Report on sanitation, dispensaries, and jails in Rajputana for 1912, and on vaccination for the year 1912-1913 - 1912-1913
Year: 1912
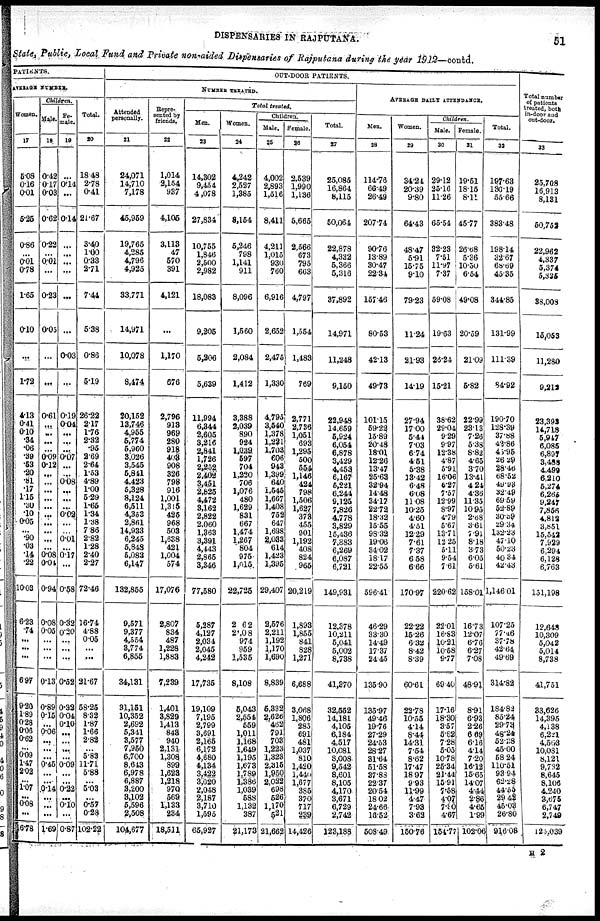
DISPENSARIES IN RAJPUTANA.
51
State, Public, Local Fund and Private non-aided Dispensaries of Rajputana during the year 1912—contd.
PATIENTS
AVERAGE NUMBER.
Women.
17
5.08
0.16
0.01
5.25
0.86
...
0.01
0.78
1.65
0.10
...
1.72
4.13
0.41
0.10
.34
.06
.89
.53
.20
.81
.17
1.15
.30
.10
0.05
...
90
.03
.14
.22
10.03
6.23
.74
...
...
...
6.97
9.20
1.89
0.28
0.06
0.62
...
0.09
1.47
2.02
...
1.07
...
0.08
...
6.78
Children.
Male.
18
0.42
0.17
0.03
0.62
0.22
...
0.01
...
0.23
0.05
...
. ..
0.61
...
...
...
...
0.09
0.12
...
...
...
...
...
...
...
...
...
...
0.08
0.04
0.94
0.08
0.05
...
...
...
0.13
0.89
0.15
...
0.06
...
...
...
0.45
...
...
0.14
...
...
...
1.69
Fe¬
male
19
...
0.14
...
0.14
...
...
...
...
...
...
0.03
...
0.19
0.04
...
...
...
0.07
...
... 0.08
...
...
...
0.02
...
...
0.01
...
0.17
...
0.58
0.32
0.20
...
...
...
0.58
0.32
0.04
0.10
...
...
...
...
0.09
...
...
0.22
...
0.10
...
0.87
Total.
20
18.48
2.78
0.41
21.67
3.40
1.00
0.33
2.71
7.44
5.38
0.86
5.19
26.22
2.17
1.76
2.32
.95
2.69
2.64
1.53 4.89
1.00
5.29
1.65
1.34
1.38
7.86
2.82
1.28
2.40
2.27
72.46
16.74
4.88
0.05
...
...
21.67
58.25
8.32
1.87
1.66
2.82
...
5.83
11.71
5.88
...
5.03
...
0.57
0.28
102.22
OUT-DOOR PATIENTS.
NUMBER TREATED
Attended
personally
21
24,071
14,710
7,178
45,959
19,765
4,285
4,769
4,925
33,771
14,971
10,078
8,474
10,152
13,746
4,955 5,774
5,960
3,026
3,545
5,871 4,423
5,328
8,124
6,511
4,353
2,861
14,933
6,245
5,848
5,083
6,147
132,855
9,571
9,377
4,564
3,774
6,855
34,131
31,151
10,352
2,692
5,341
3,577
7,950
6,700
8,643
6,978
6,887
3,200
3,102
5,596
2,508
104,677
Repre¬
sented by
friends.
22
1,014
2,154
937
4,105
3,113
47
570
391
4,121
...
1,170
676
2,796
918
969
280
918
408
908
326
798
916
1,001
1,315
425
968
503
1,638
421
1,004
574
17,076
2,807
834
487
1,228
1,883
7,239
1,401
3,829
1,413
843
940
2,131
1,308
899
1,623
1,218
970
569
1,133
234
18,511
Total treated.
Men.
23
14,302
9,454
4,078
27,834
10,755
1,846
2,500
2,982
18,083
9,205
5,206
5,639
11,994
6,344
2,605
3,216
2,841
1,726
2,252
2,402
3,451
2,825
4,472
3,162
2,822
2,060
1,363
3,391
4,443
2,865
3,346
77,580
5,287
4,127
2,034
2,045
4,242
17,735
19,109
7,195
2,799
3,691
2,165
6,172
4,680
4,134
3,422
3,020
2,048
2,187
3,710
1,595
65,927
Women.
24
4,242
2,527
1,385
8,154
5,246
798
1,141
911
8,096
1,560
2,084
1,412
3,388
2,039
890
924
1,039
597
704
1,220
706
1,076
480
1,629
831
667
1,474
1,267
804
976
1,015
22,725
2 62
2 08
974
959
1,535
8,108
5,043
2,554
559
1,011
1,168
1,649
1,195
1,673
1,789
1,336
1,039
588
1,132
387
21,173
Children
Male.
25
4,002
2,893
1,516
8,411
4,211
1,015
930
760
6,916
2,652
2,475
1,330
4,795
3,540
1,378
1,221
1,703
606
943
1,399
640
1,545
1,667
1,408
752
647
1,698
2,033
614
1,423
1,395
29,407
2,576
2,211
1,192
1,170
1,690
8,839
5,332
2,626
462
791
703
1,223
1,323
2,815
1,950
2,032
698
526
1,170
521
21,662
Female.
26
2,539
1,990
1,136
5,665
2,566
673
793
663
4,797
1,654
1,483
769
2,771
2,736
1,051
693
1,295
500
554
1,146
424
798
1,506
1,627
373
455
901
1,192
408
824
965
20,219
1,893
1,855
841
828
1,271
6,688
3,068
1,806
285
691
481
1,037
810
1,420
1,440
1,677
385
370
717
239
14,426
Total.
27
25,085
16,864
8,115
50,064
22,878
4,332
5,366
5,316
37,892
14,971
11,248
9,150
23,948
14,659
5,924
6,054
6,878
3,429
4,453
6,167
5,221
6,244
9,125
7,826
4,778
3,829
15,436
7,883
6,269
6,087
6,721
149,931
12,378
10,211
5,041
5,002
8,738
41,370
32,552
14,181
4,105
6,184
4,517
10,081
8,008
9,542
8,601
8,105
4,170
3,671
6,729
2,742
123,188
AVERAGE DAILY ATTENDANCE.
Men.
28
114.76
66.49
26.49
207.74
90.76
13.89
30.47
22.34
157.46
80.53
42.13
49.73
101.15
59.22
15.89
20.48
18.01
12.26
13.47
25.63
32.94
14.48
34.17
22.72
18.32
15.55
98.32
19.06
34.02
18.17
22.55
596.41
46.29
33.30
14.49
17.37
24.45
135.90
135.97
49.46
19.76
27.29
24.53
28.27
31.64
51.58
37.88
22.37
20.54
18.02
24.66
18.52
508.49
Women.
29
34.24
20.39
9.80
64.43
48.47
5.91
15.75
9.10
79.23
11.24
21.93
14.19
27.94
17.00
5.41
7.03
6.74
4.51
5.38
13.42
6.48
6.08
11.08
10.25
4.60
4.51
12.29
7.61
7.37
6.58
6.66
170.97
22.22
15.26
6.32
8.42
8.39
60.61
23.78
10.56
4.14
8.44
14.31
7.54
8.62
17.47
18.97
9.93
11.99
4.47
7.93
3.62
150.76
Children.
Male.
30
29.12
35.16
11.26
65.54
32.23
7.51
11.97
7.37
59.08
19.63
26.24
15.21
38.62
29.04
9.29
9.97
12.38
4.87
5.91
16.06
6.27
7.57
12.99
8.97
4.79
5.67
13.71
12.25
5.11
9.54
7.61
220.62
22.01
16.83
10.21
10.58
9.77
69.40
17.16
18.30
3.57
5.02
7.28
5.05
10.78
25.34
21.44
15.91
7.58
4.07
7.80
4.67
154.77
Female.
31
19.51
18.15
8.11
45.77
26.68
5.36
10.50
6.54
49.08
20.59
21.09
5.82
22.99
23.13
7.26
5.38
8.82
4.65
3.70
13.41
4.24
4.36
11.35
10.95
2.88
3.61
7.91
8.18
3.73
6.05
5.61
158.01
16.73
12.07
6.76
6.27
7.08
48.91
8.91
6.93
2.26
6.69
6.16
4.14
7.20
16.12
15.65
14.07
4.44
2.86
4.65
1.99
102.06
Total.
32
197.63
130.19
55.66
383.48
198.14
32.67
68.69
45.35
344.85
131.99
111.39
84.92
190.70
128.39
37.88
48.86
43.95
26.29
28.46
68.52
49.93
32.49
69.59
52.89
30.39
29.34
132.23
47.10
50.23
40.34
42.43
1,146.01
107.25
77 .46
37.78
42.64
49.69
314.82
184.82
85.24
29.73
48.24
52.38
45.00
58.24
110.51
93.94
62.28
44.55
29.41
45.03
26.80
916.08
Total number
of patients
treated, both
in-door and
out-door.
33
25,708
16,913
8,131
50,752
22,962
4,337
5,374
5,335
38,008
15,053
11,280
9,212
23,392
14,718
5,947
6,085
6,897
3,488
4,499
6,210
5,274
6,265
9,247
7,856
4,812
3,851
15,542
7,929
6,294
6,128
6,763
151,198
12,648
10,309
5,042
5,014
8,738
41,751
83,626
14,395
4,138
6,221
4,563
10,081
8,121
9,732
8,645
8,106
4,240
3,675
6,747
2,749
126,039
H 2